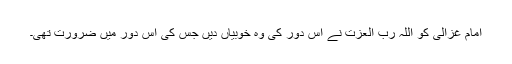
امام غزالی کو اللہ رب العزت نے اُس دور کی وہ خوبیاں دیں جس کی اُس دور میں ضرورت تھی۔